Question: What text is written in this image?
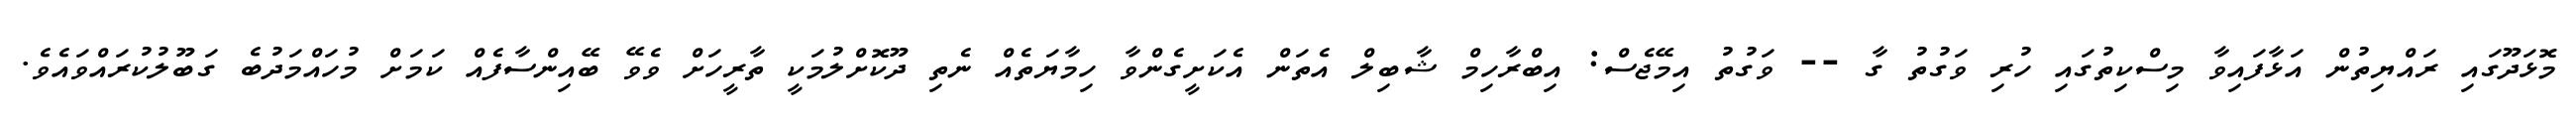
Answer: މޮޅަދޫގައި ރައްޔިތުން އަޅާފައިވާ މިސްކިތުގައި ހުރި ވަގުތު ގާ -- ވަގުތު އިމޭޖެސް: އިބްރާހިމް ޝާބިލް އެތަން އެކަށީގެންވާ ހިމާޔަތެއް ނެތި ދޫކޮށްލުމަކީ ތާރީހަށް ވެވޭ ބޭއިންސާފެއް ކަމަށް މުހައްމަދުބެ ގަބޫލުކުރައްވައެވެ.